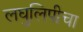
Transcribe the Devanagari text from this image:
लघुलिपीचा